Report on the administration of the Government Cinchona Department 1892-98
Year: 1892
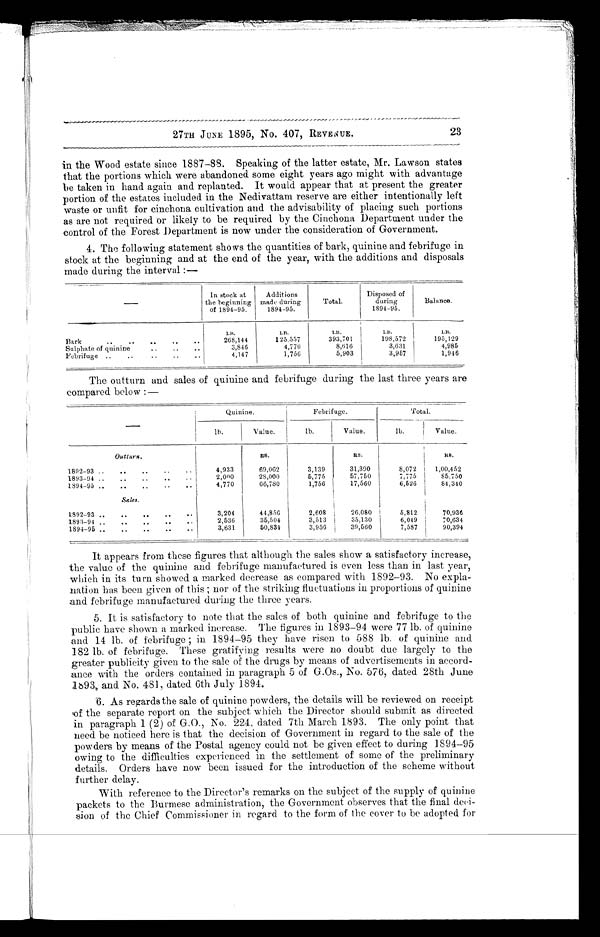
27TH JUNE 1895, No. 407, REVENUE.
23
in the Wood estate since 1887-88. Speaking of the latter estate, Mr. Lawson states
that the portions which were abandoned some eight years ago might with advantage
be taken in hand again and replanted. It would appear that at present the greater
portion of the estates included in the Nedivattam reserve are either intentionally left
waste or unfit for cinchona cultivation and the advisability of placing such portions
as are not required or likely to be required by the Cinchona Department under the
control of the Forest Department is now under the consideration of Government.
4. The following statement shows the quantities of bark, quinine and febrifuge in
stock at the beginning and at the end of the year, with the additions and disposals
made during the interval:—
In stock at
the beginning
of 1894-95.
Additions
made during
1894-95.
Total.
Disposed of
during
1894-95.
Balance.
LB.
L B .
LB
LB.
LB.
Bark
268,144
125,557
393,701
198,572
195,129
3,846
4,770
8,616
3,631
4,985
Sulphate of quinine
Febrifuge
4,147
1,756
5,903
3,957
1,946
The outturn and sales of quinine and febrifuge during the last three years are
compared below:-
Quinine.
Febrifuge.
Total.
lb.
Value.
lb.
Value.
lb.
Value.
Outturn.
R S .
R S .
RS.
1892-93
4,933
69,062
3,139
31,390
8,072 i 1,00,452
1893-94
2,000
28,000
5,775
57,750
7,775
85,750
1894-95
4,770
66,780
1,756 17,560
6,526
84,340
Sales.
1892-93
3,204
44,856
2,608
26,080
5,812
70,936
1893-94
2,536
35,504
3,513
35,130
6,049
70,634
1894-95 3,631
50,834
3,956
39,560
7,587
90,394
It appears from these figures that although the sales show a satisfactory increase,
the value of the quinine and febrifuge manufactured is even less than in last year,
which in its turn showed a marked decrease as compared with 1892-93. No expla-
nation has been given of this; nor of the striking fluctuations in proportions of quinine
and febrifuge manufactured during the three years.
5. It is satisfactory to note that the sales of both quinine and febrifuge to the
public have shown a marked increase. The figures in 1893-94 were 77 lb. of quinine
and 14 lb. of febrifuge; in 1894-95 they have risen to 588 lb. of quinine and
182 lb. of febrifuge. These gratifying results were no doubt due largely to the
greater publicity given to the sale of the drugs by means of advertisements in accord-
ance with the orders contained in paragraph 5 of G.Os., No. 576, dated 28th June
1893, and No. 481, dated 6th July 1894.
6. As regards the sale of quinine powders, the details will be reviewed on receipt
of the separate report on the subject which the Director should submit as directed
in paragraph 1 (2) of G.O., No. 224, dated 7th March 1893. The only point that
need be noticed here is that the decision of Government in regard to the sale of the
powders by means of the Postal agency could not be given effect to during 1894-95
owing to the difficulties experienced in the settlement of some of the preliminary
details. Orders have now been issued for the introduction of the scheme without
further delay.
With reference to the Director's remarks on the subject of the supply of quinine
packets to the Burmese administration, the Government observes that the final deci-
ion of the Chief Commissioner in regard to the form of the cover to be adopted for